Civil Veterinary Department. Central Provinces & Berar 1932-41 - 1932-1941
Year: 1932
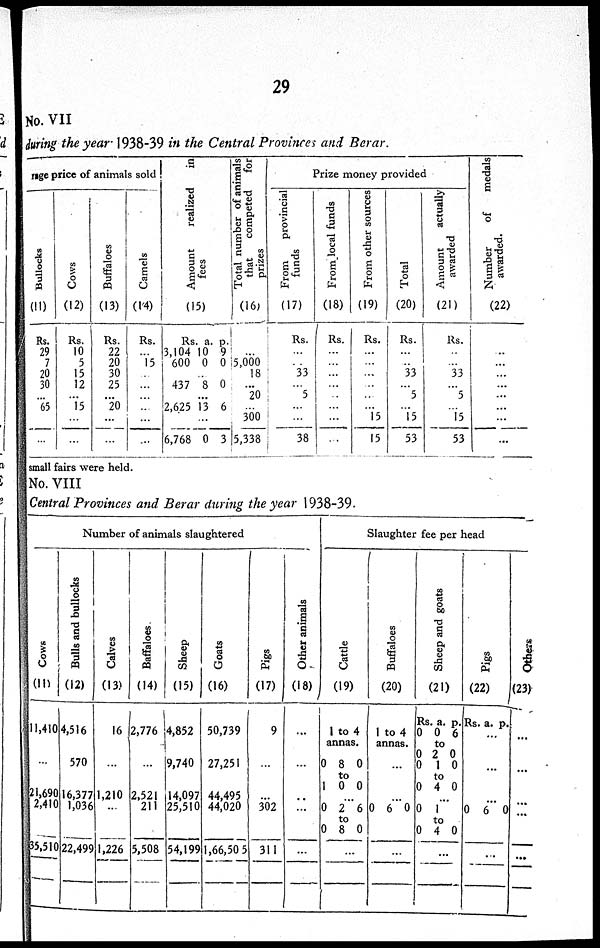
29
No. VII
during the year 1938-39 in the Central Provinces and Berar.
rage price of animals sold
Bullocks
(11)
Rs.
29
7
20
30
...
65
...
Cows
(12)
Rs.
10
5
15
12
...
15
...
...
Buffaloes
(13)
Rs.
22
20
30
25
...
20
...
...
Camels
(14)
Rs.
...
15
...
...
...
...
...
...
Amo u n t r eal i zed in
fees
(15)
Rs.
3,104
600
a.
10
0
p.
9
0
...
437 8 0
...
2,625
...
6,768
13
0
6
3
Total number of animals
that
competed
for
prizes
(16)
...
5,000
18
...
20
...
300
5,338
Prize money provided
From
provincial
funds
(17)
Rs.
...
..
33
...
5
...
...
38
From local funds
(18)
Rs.
...
...
...
...
...
...
...
...
From other sources
(19)
Rs.
...
...
...
...
...
...
15
15
Total
(20)
Rs.
...
..
33
...
5
...
15
53
Amount
actually
awarded
(21)
Rs.
..
...
33
...
5
...
15
53
Number of
medals
awarded.
(22)
...
...
...
...
...
...
...
...
small fairs were held.
No. VIII
Central Provinces and Berar during the year 1938-39.
Number of animals slaughtered
Cows
(11)
11,410
...
21,690
2,410
35,510
Bulls and bullocks
(12)
4,516
570
16,377
1,036
22,499
Calves
(13)
16
...
1,210
...
1,226
Baffaloes.
(14)
2,776
...
2,521
211
5,508
Sheep
(15)
4,852
9,740
14,097
25,510
54,199
Goats
(16)
50,739
27,251
44,495
44,020
1,66,50 5
Pigs
(17)
9
...
...
302
311
Other animals
(18)
...
...
..
...
...
Slaughter fee per head
Cattle
(19)
1 to 4
annas.
0 8 0
to
1 0 0
...
0 2 6
to
0 8 0
...
Buffaloes
(20)
1 to 4
annas.
...
...
0 6 0
...
Sheep and goats
(21)
Rs.
0
0
0
0
a.
0
to
2 1
to
4
p.
6
0
0
0
...
0
0
1
to
4
0
...
Pi gs
(22)
Rs. a. p.
...
...
...
0 6 0
...
Others
(23)
...
...
...
...
...